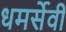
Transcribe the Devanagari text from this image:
धमर्सेवी